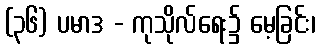
(၃၆) ပမာဒ - ကုသိုလ်ရေး၌ မေ့ခြင်း၊